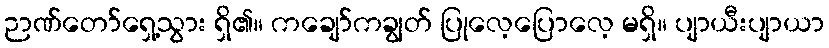
ဉာဏ်တော်ရှေ့သွား ရှိ၏။ ကချော်ကချွတ် ပြုလေ့ပြောလေ့ မရှိ။ ပျာယီးပျာယာ